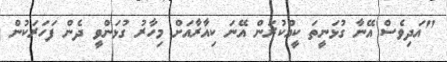
"އަދިވެސް އޭނާ ގުޅަނީތަ ކީއްކުރަން އޭނަ ކިއާރާއަށް މިހާރު ގުޅަންވީ ދެން ފަހަރަކުން